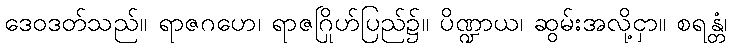
ဒေဝဒတ်သည်။ ရာဇဂဟေ၊ ရာဇဂြိုဟ်ပြည်၌။ ပိဏ္ဍာယ၊ ဆွမ်းအလို့ငှာ။ စရန္တံ၊